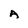
Character: A